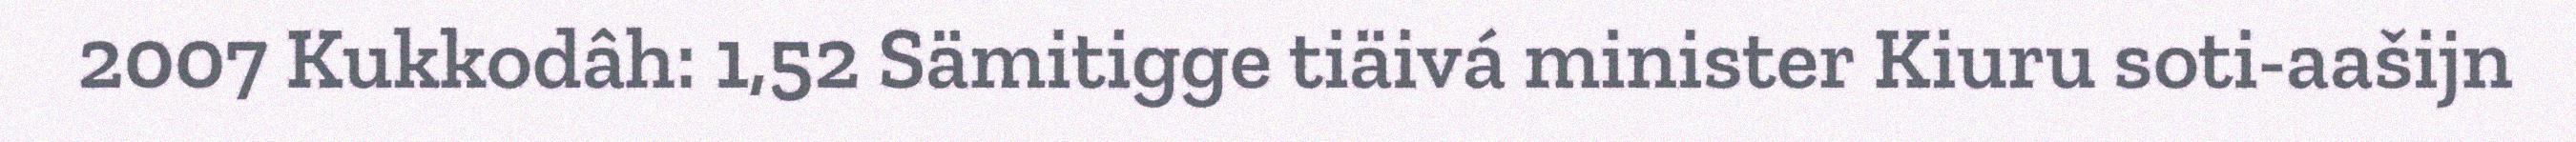
2007 Kukkodâh: 1,52 Sämitigge tiäivá minister Kiuru soti-aašijn